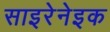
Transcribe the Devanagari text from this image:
साइरेनेइक